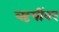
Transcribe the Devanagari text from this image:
ऋषींवर